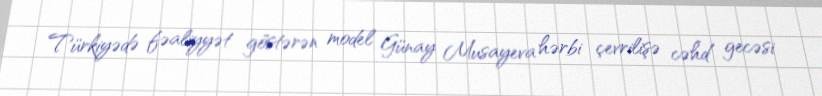
Türkiyədə fəaliyyət göstərən model Günay Musayeva hərbi çevrilişə cəhd gecəsi